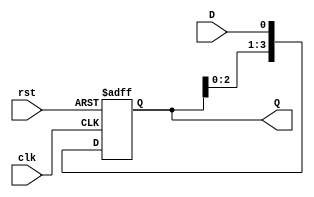
module ShiftRegister (
    input wire clk,      // Clock signal
    input wire rst,      // Asynchronous reset signal
    input wire D,        // Data input
    output reg [3:0] Q   // 4-bit data output
);

// Shift Register logic
always @(posedge clk or posedge rst) begin
    if (rst) begin
        Q <= 4'b0000;  // Clear the register on reset
    end else begin
        Q <= {Q[2:0], D};  // Shift left and input new data
    end
end

endmodule